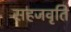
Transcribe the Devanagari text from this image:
सहजवृति